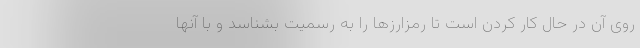
روی آن در حال کار کردن است تا رمزارزها را به رسمیت بشناسد و با آنها